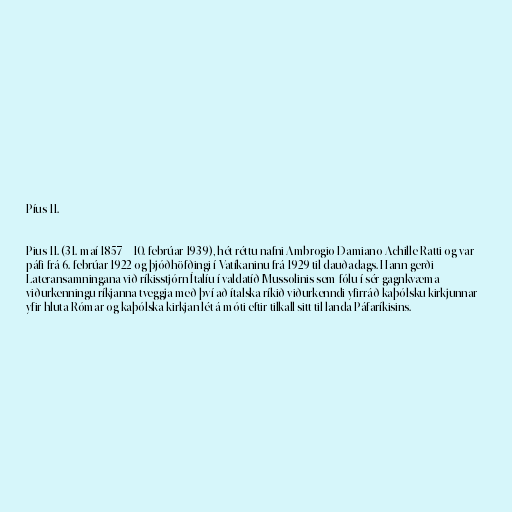
Píus 11.

Pius 11. (31. maí 1857 – 10. febrúar 1939), hét réttu nafni Ambrogio Damiano Achille Ratti og var
páfi frá 6. febrúar 1922 og þjóðhöfðingi í Vatíkaninu frá 1929 til dauðadags. Hann gerði
Lateransamningana við ríkisstjórn Ítalíu í valdatíð Mussolinis sem fólu í sér gagnkvæma
viðurkenningu ríkjanna tveggja með því að ítalska ríkið viðurkenndi yfirráð kaþólsku kirkjunnar
yfir hluta Rómar og kaþólska kirkjan lét á móti eftir tilkall sitt til landa Páfaríkisins.